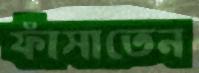
ফাঁসাতেন